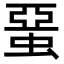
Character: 蝁